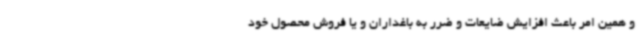
و همین امر باعث افزایش ضایعات و ضرر به باغداران و یا فروش محصول خود